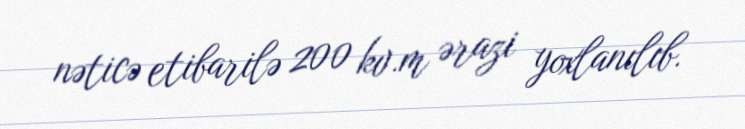
nəticə etibarilə 200 kv.m ərazi yoxlanılıb.